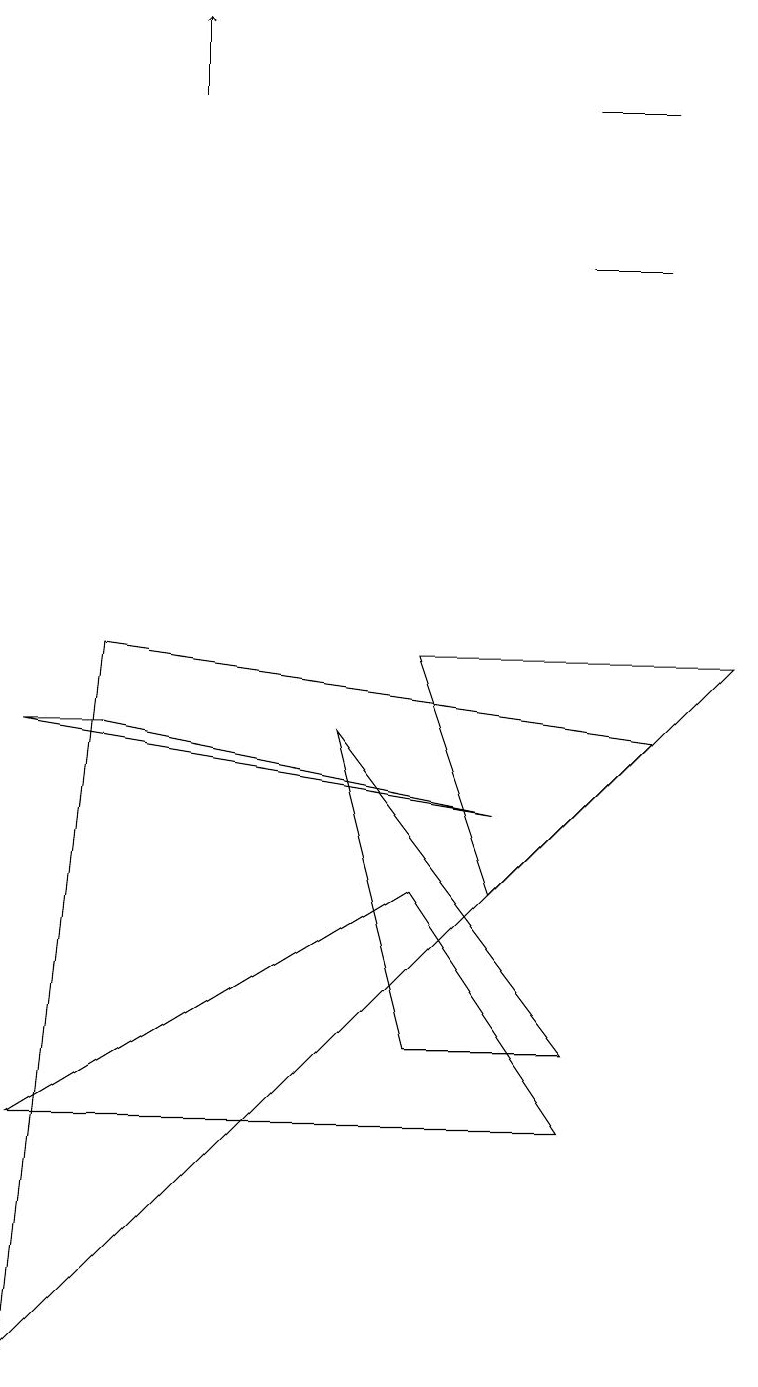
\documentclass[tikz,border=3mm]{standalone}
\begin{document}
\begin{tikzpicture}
\draw (9,9) -- (5,9) -- (6,6) -- cycle;
\draw (7,14) rectangle (8,14);
\draw (6,7) -- (0,8) -- (1,8) -- cycle;
\draw (8,16) rectangle (7,16);
\draw (5,6) -- (7,3) -- (0,3) -- cycle;
\draw (4,8) -- (5,4) -- (7,4) -- cycle;
\draw (1,9) -- (0,0) -- (8,8) -- cycle;
\draw[->] (2,16) -- (2,17);
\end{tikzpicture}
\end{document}